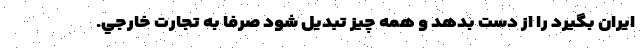
ايران بگيرد را از دست بدهد و همه‌ چيز تبديل شود صرفا به تجارت خارجي.